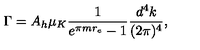
\Gamma = A _ { h } \mu _ { K } \frac { 1 } { e ^ { \pi m r _ { e } } - 1 } \frac { d ^ { 4 } k } { ( 2 \pi ) ^ { 4 } } ,